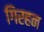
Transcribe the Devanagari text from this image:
गिरहन